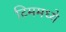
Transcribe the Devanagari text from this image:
टिममध्ये